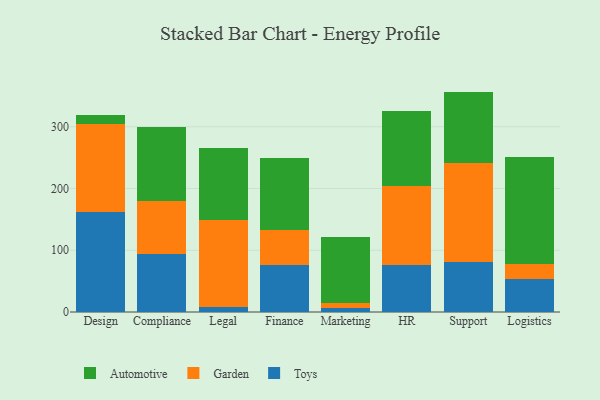
{"axis": {"x": "Department", "y": "Operating Costs (USD K)"}, "legend": ["Automotive", "Garden", "Toys"], "data": [{"x": "Design", "y": 161.5, "type": "Toys"}, {"x": "Design", "y": 142.4, "type": "Garden"}, {"x": "Design", "y": 14.4, "type": "Automotive"}, {"x": "Compliance", "y": 93.2, "type": "Toys"}, {"x": "Compliance", "y": 87.1, "type": "Garden"}, {"x": "Compliance", "y": 119.2, "type": "Automotive"}, {"x": "Legal", "y": 8.1, "type": "Toys"}, {"x": "Legal", "y": 141.2, "type": "Garden"}, {"x": "Legal", "y": 116.2, "type": "Automotive"}, {"x": "Finance", "y": 75.7, "type": "Toys"}, {"x": "Finance", "y": 57.4, "type": "Garden"}, {"x": "Finance", "y": 116.1, "type": "Automotive"}, {"x": "Marketing", "y": 7.2, "type": "Toys"}, {"x": "Marketing", "y": 7.4, "type": "Garden"}, {"x": "Marketing", "y": 106.9, "type": "Automotive"}, {"x": "HR", "y": 75.4, "type": "Toys"}, {"x": "HR", "y": 128.4, "type": "Garden"}, {"x": "HR", "y": 121.7, "type": "Automotive"}, {"x": "Support", "y": 81.2, "type": "Toys"}, {"x": "Support", "y": 160.7, "type": "Garden"}, {"x": "Support", "y": 115.0, "type": "Automotive"}, {"x": "Logistics", "y": 53.5, "type": "Toys"}, {"x": "Logistics", "y": 23.5, "type": "Garden"}, {"x": "Logistics", "y": 173.8, "type": "Automotive"}]}